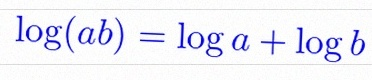
\log(ab)=\log a+\log b